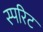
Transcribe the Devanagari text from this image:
स्परिट